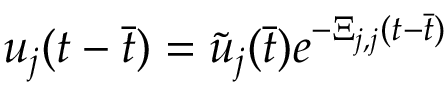
u _ { j } ( t - \Bar { t } ) = \tilde { u } _ { j } ( \Bar { t } ) e ^ { - \Xi _ { j , j } ( t - \Bar { t } ) }